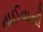
તાઈવાની